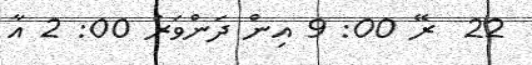
22  ރޭ 00: 9 އިން ދަންވަރު 00: 2 އާ